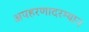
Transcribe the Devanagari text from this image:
अपहरणादरम्यान